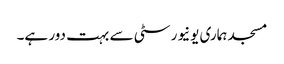
مسجد ہماری یونیورسٹی سے بہت دور ہے۔